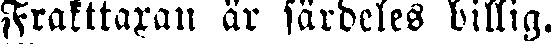
Frakttaxan är särdeles billig.